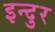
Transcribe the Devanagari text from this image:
इन्दुर